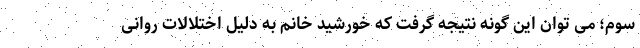
سوم؛ می توان این گونه نتیجه گرفت که خورشید خانم به دلیل اختلالات روانی